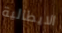
الايطالية